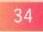
34